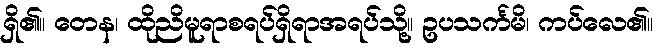
ရှိ၏။ တေန၊ ထိုညိမူရာစရပ်ရှိရာအရပ်သို့။ ဥပသင်္ကမိ၊ ကပ်လေ၏။